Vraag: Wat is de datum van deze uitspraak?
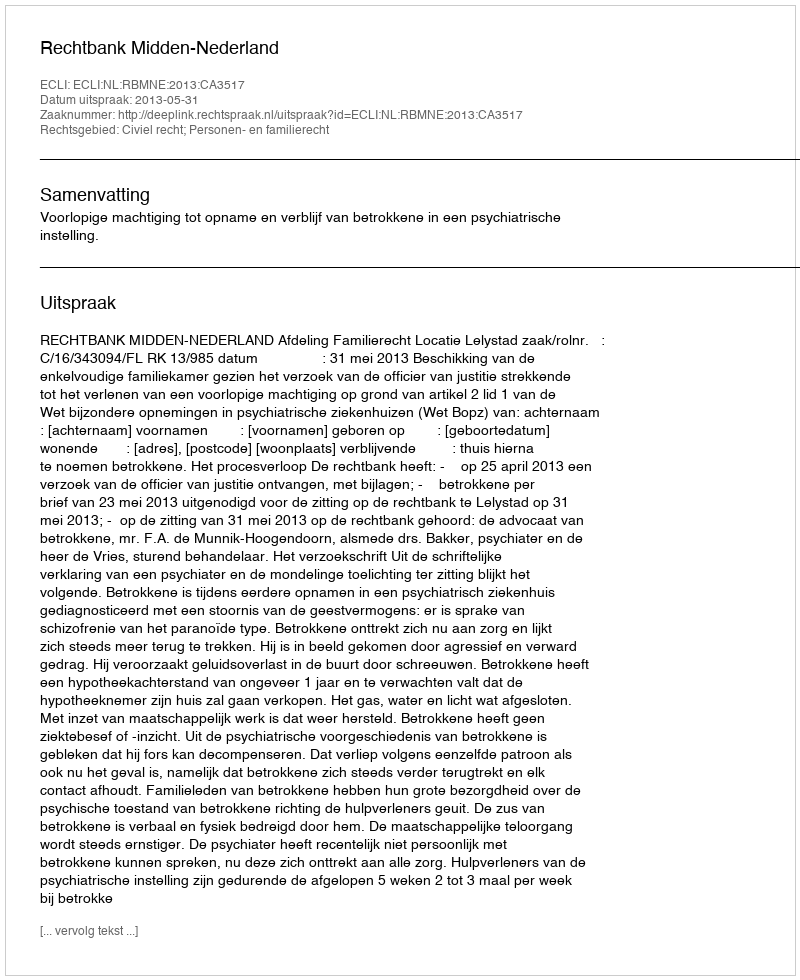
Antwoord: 2013-05-31